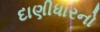
દાણીધારનો